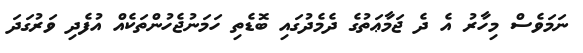
ނަމަވެސް މިހާރު އެ ދެ ޖަމާޢަތުގެ ދެމެދުގައި ބޮޑެތި ހަމަނުޖެހުންތަކެއް އުފެދި ވަރުގަދަ